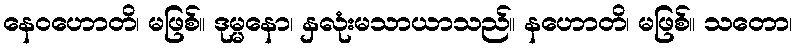
နေဝဟောတိ၊ မဖြစ်။ ဒုမ္မနော၊ နှလုံးမသာယာသည်။ နဟောတိ၊ မဖြစ်။ သတော၊